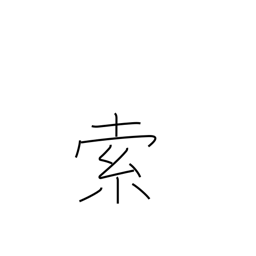
Meaning: searching